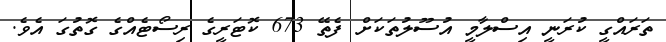
ތަރައްގީ ކުރަނީ އިސްލާމީ އުސޫލުތަކަށް ފެތޭ 673 ކޮޓަރީގެ ރިސޯޓެއްގެ ގޮތުގަ އެވެ.